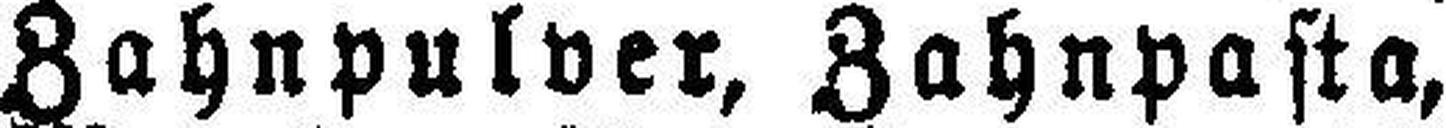
Zahnpulver, Zahnpasta,